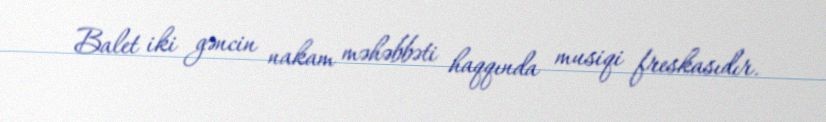
Balet iki gəncin nakam məhəbbəti haqqında musiqi freskasıdır.